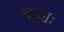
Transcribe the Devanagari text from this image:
बाह्यः